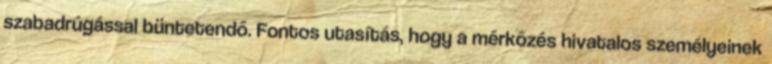
szabadrúgással büntetendő. Fontos utasítás, hogy a mérkőzés hivatalos személyeinek